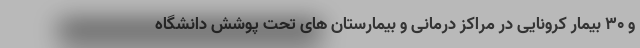
و ۳۰ بیمار کرونایی در مراکز درمانی و بیمارستان های تحت پوشش دانشگاه